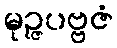
မုဉ္ဇပဗ္ဗဇံ